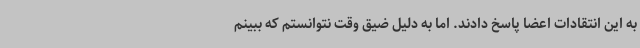
به این انتقادات اعضا پاسخ دادند. اما به دلیل ضیق وقت نتوانستم که ببینم